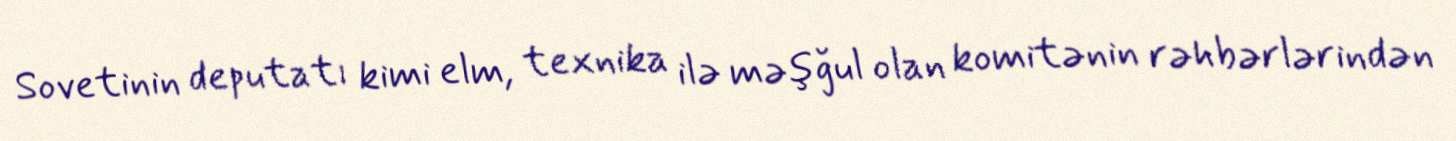
Sovetinin deputatı kimi elm, texnika ilə məşğul olan komitənin rəhbərlərindən